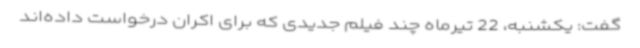
گفت: یکشنبه، 22 تیرماه چند فیلم جدیدی که برای اکران درخواست داده‌اند